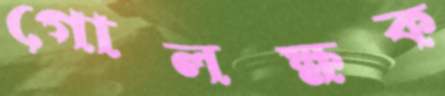
গোলক্ষক